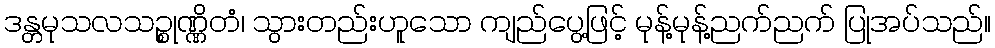
ဒန္တမုသလသဉ္စုဏ္ဏိတံ၊ သွားတည်းဟူသော ကျည်ပွေ့ဖြင့် မုန့်မုန့်ညက်ညက် ပြုအပ်သည်။